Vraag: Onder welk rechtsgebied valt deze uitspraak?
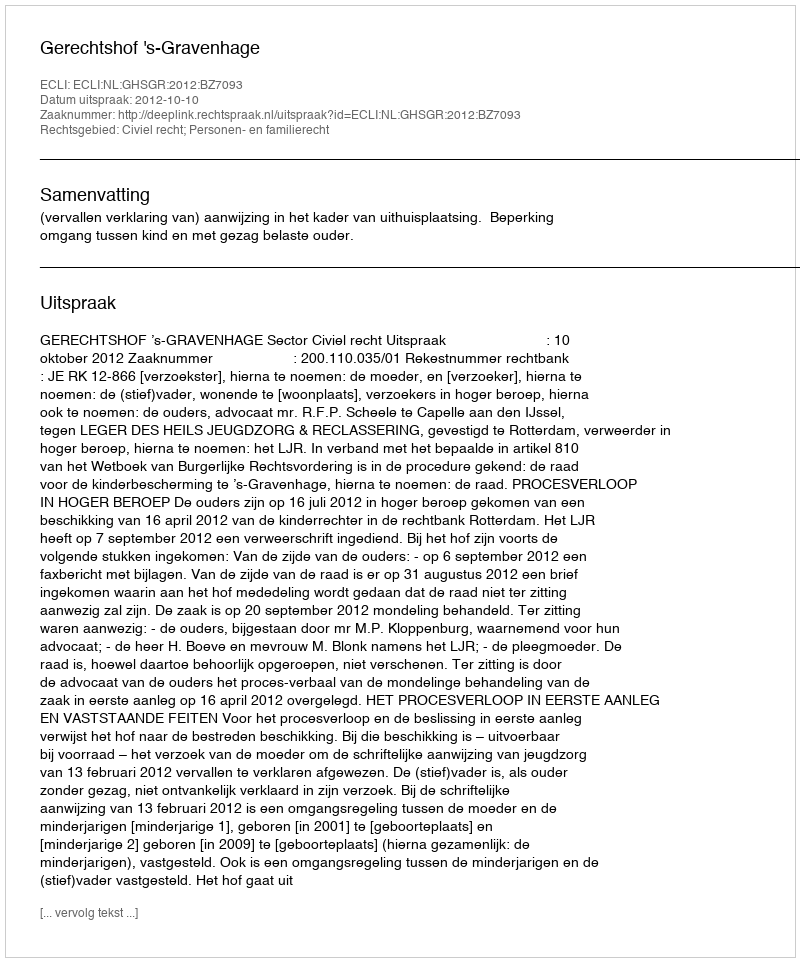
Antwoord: Civiel recht; Personen- en familierecht